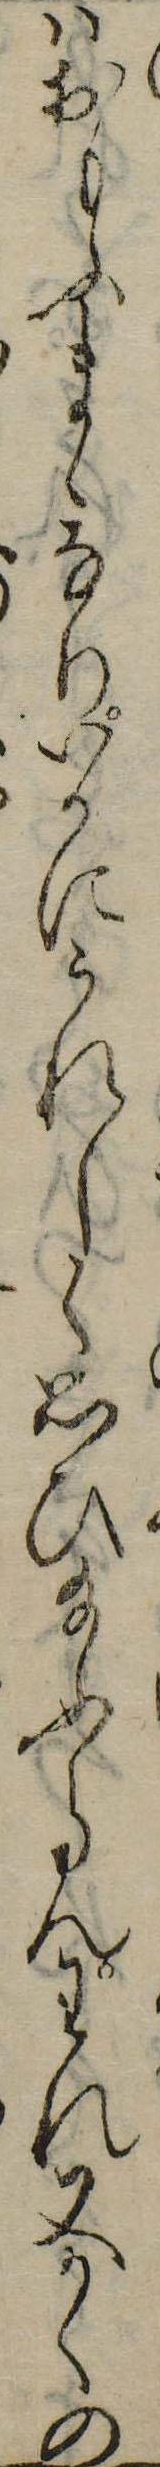
はおもふまゝなりいかにうれしく思ひ給ふらんわれ又かくの